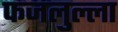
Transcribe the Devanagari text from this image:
फजलुल्ला